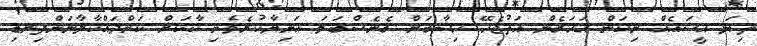
ތިޔަ އީސައެއް ނިކަން އަހަރެން އަތުޖެހޭ ހިސާބަށް ގެނެސްބަލަ އަނިޔާކުރެވެނި ކާކަށް ކަންދައްކާލާނަންފިނޑި